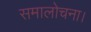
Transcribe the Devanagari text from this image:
समालोचना।